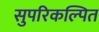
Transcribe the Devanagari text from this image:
सुपरिकल्पित